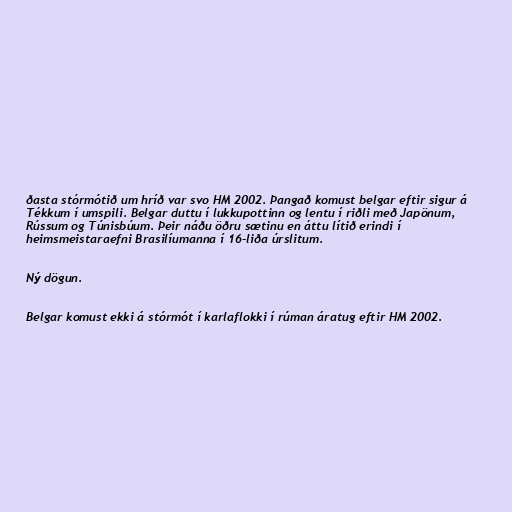
ðasta stórmótið um hríð var svo HM 2002. Þangað komust belgar eftir sigur á
Tékkum í umspili. Belgar duttu í lukkupottinn og lentu í riðli með Japönum,
Rússum og Túnisbúum. Þeir náðu öðru sætinu en áttu lítið erindi í
heimsmeistaraefni Brasilíumanna í 16-liða úrslitum.

Ný dögun.

Belgar komust ekki á stórmót í karlaflokki í rúman áratug eftir HM 2002.